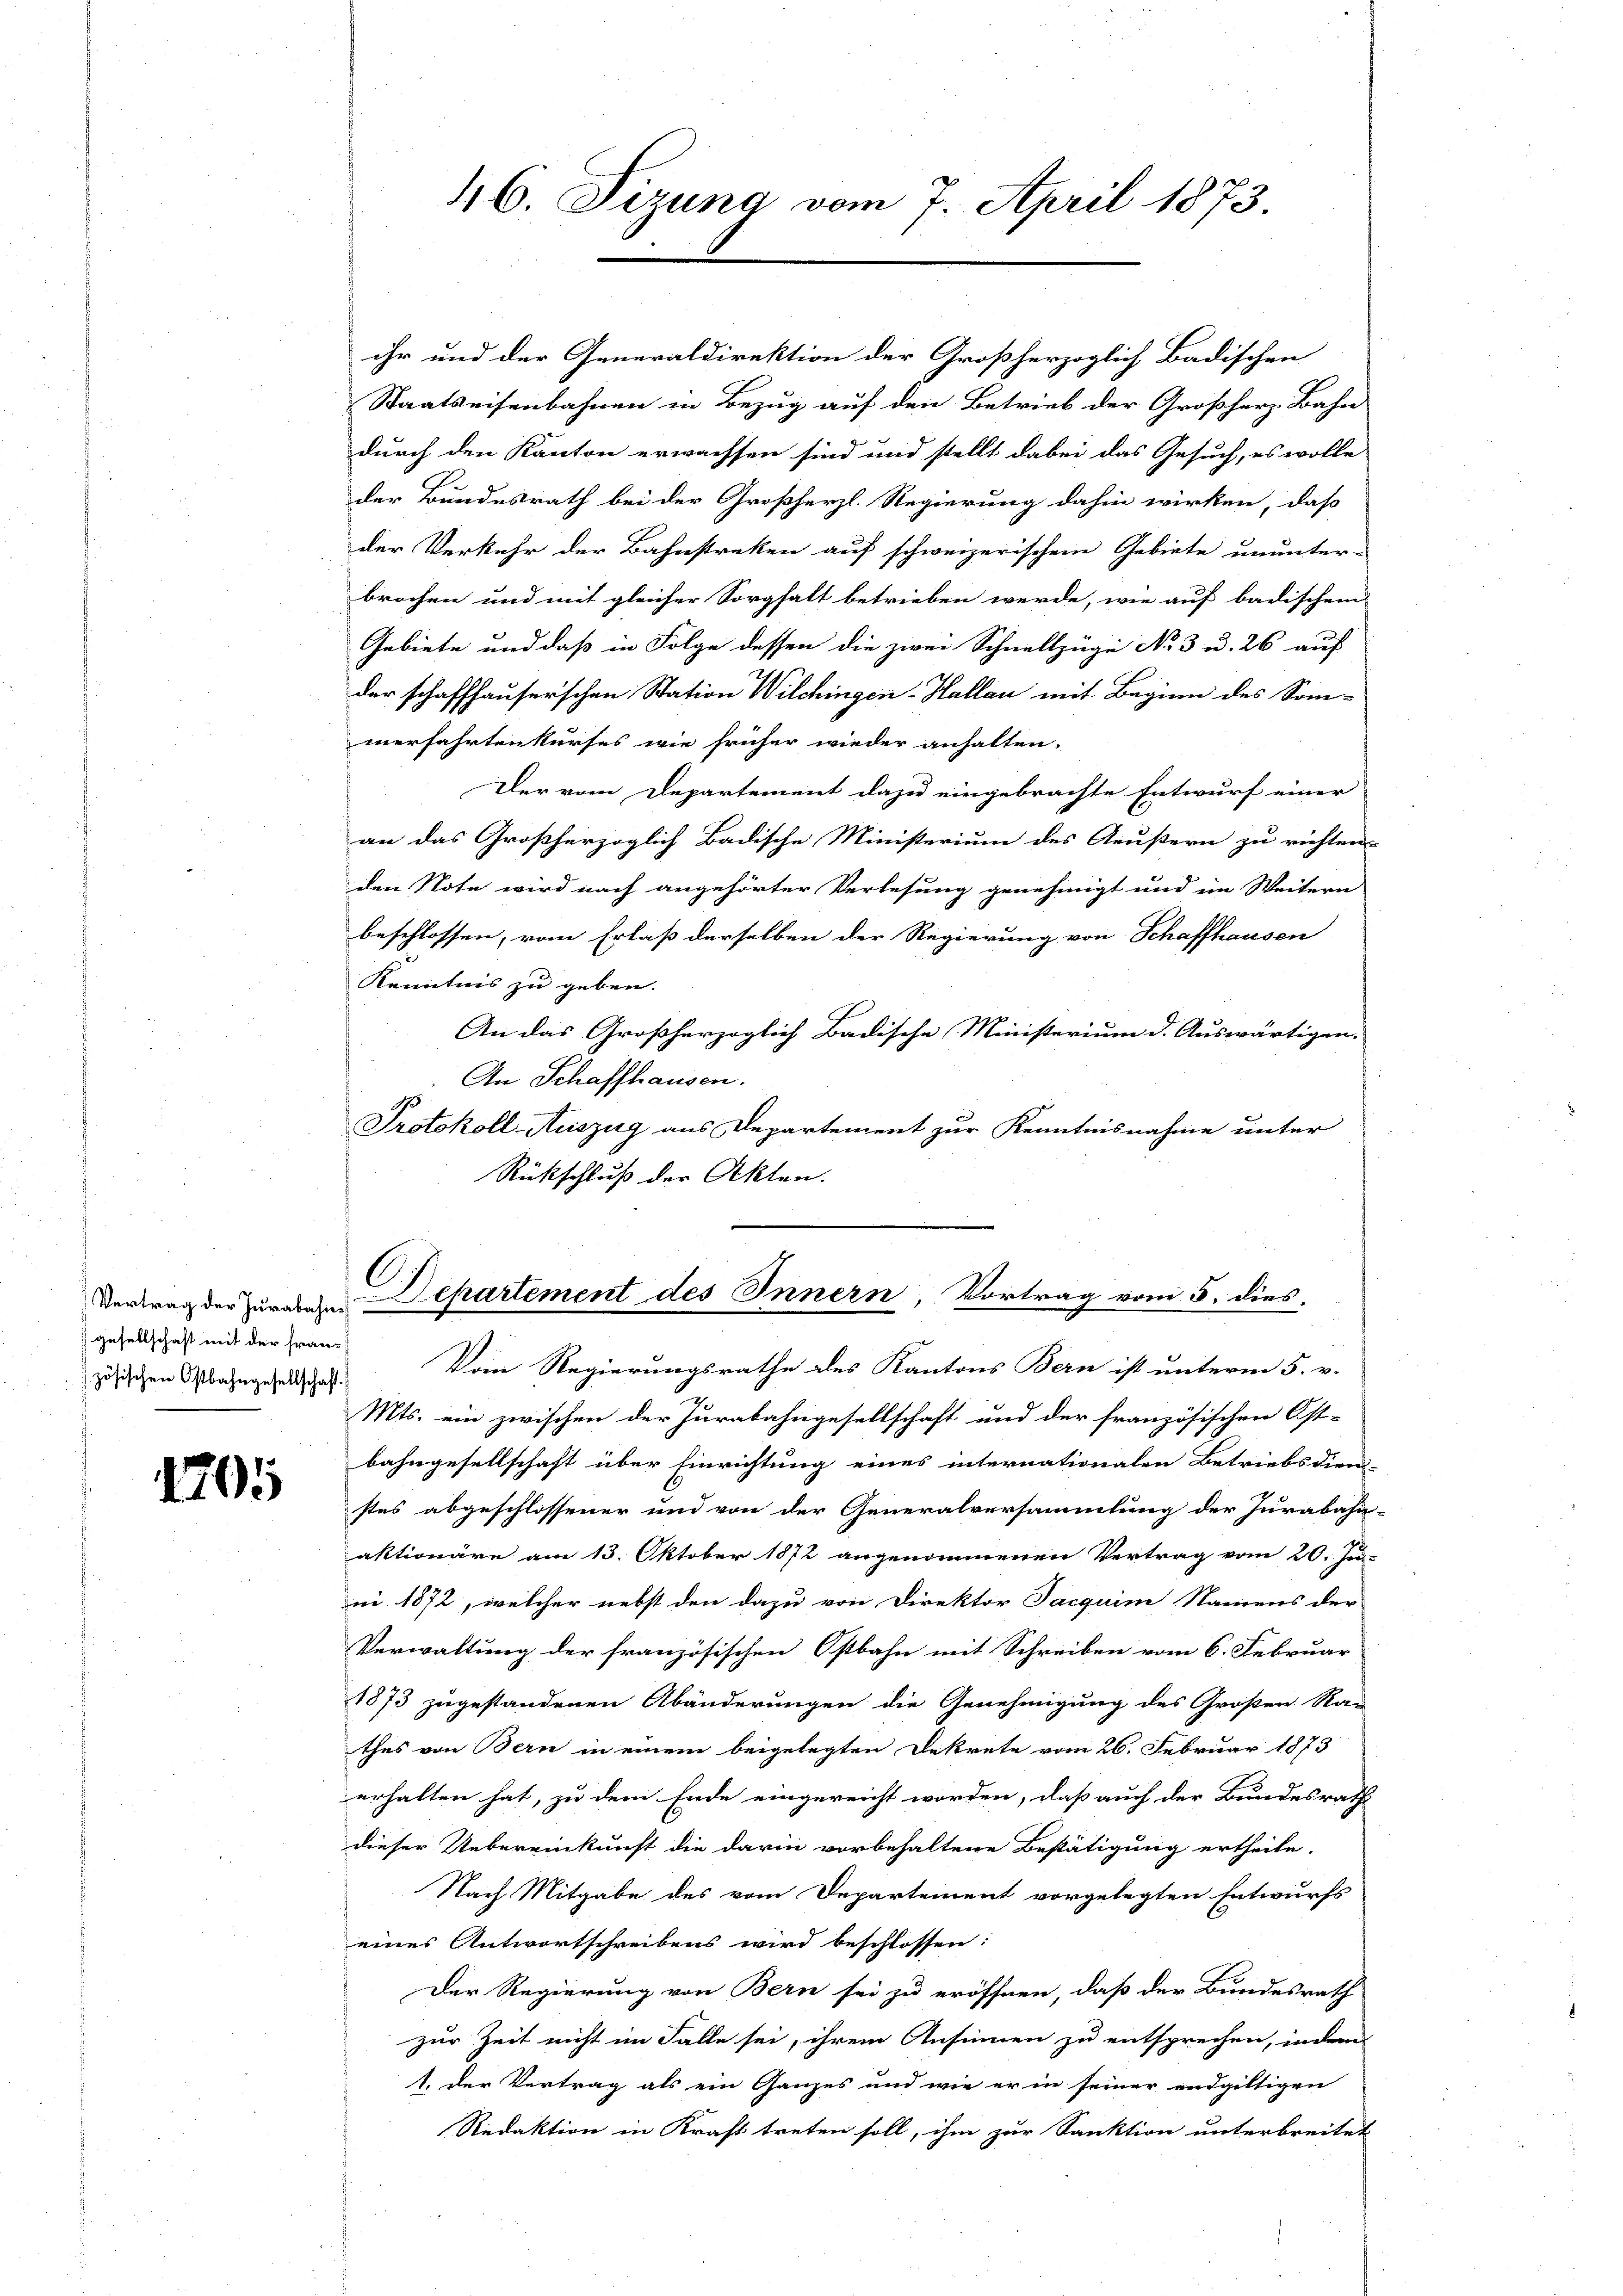
Vertrag der Jurabahie
gesellschaft mit der Franz
zösischen Ostbahngesellschaft.

1205

ihr und der Generaldirektion der Großherzoglich Badischen
Staatseisenbahnen in Bezug auf den Betrieb der Großherz- Bahn
durch den Kanton erwachsen sind und stellt dabei das Gesuch, es wolle
der Bundesrath bei der Großherzl. Regierung dahin wirken, daß
der Verkehr der Bahnstreken auf schweizerischen Gebiete ununter-
brochen und mit gleicher Sorgfalt betrieben werde, wie auf badischem
Gebiete und daß in Folge dessen die zwei Schnellzüge No 3 u. 26 auf
der schaffhauserschen Station Wilchingen-Hallau mit Beginn des Som-
ierfahrten kurses wie früher wieder anhalten.
Der vom Departement dazu eingebrachte Entwurf einer
an das Großherzoglich Badische Ministerium des Aeußern zu richten.
den Note wird nach angehörter Verlesung genehmigt und im Weitern
beschlossen, vom Erlaß derselben der Regierung von Schaffhausen
Kenntnis zu geben.
An das Großherzoglich Badische Ministerium d. Auswärtigen.
An Schaffhausen.
Protokoll Auszug aus Departement zur Kenntnisnahme unter
Rückschluß der Akten.

46. Sizung vom 7. April 1873.

Dehartement des Innern, Vortrag vom 5. dies

Vom Regierungsrathe des Kantons Bern ist unterm 5. v.
Mts. ein zwischen der Jurabahngesellschaft und der französischen Ost-
bahngesellschaft über Einrichtung eines internationalen Betriebsdien-
stes abgeschlossener und von der Generalversammlung der Jurabahn-
aktionäre am 13. Oktober 1872 angenommenen Vertrag vom 20. Ju
ni 1872, welcher nebst den dazu von Direktor Jacquim Namens der
Verwaltung der französischen Ostbahn mit Schreiben vom 6. Februar
1873 zugestandenen Abänderungen die Genehmigung des Großen Rau
thes von Bern in einem beigelegten Dekrete vom 26. Februar 1873
erhalten hat, zu dem Ende eingereicht worden, daß auch der Bundesrath
dieser Uebereinkunft die darin vorbehaltene Bestätigung ertheile.
Nach Mitgabe des vom Departement vorgelegten Entwurfs
eines Antwortschreibens wird beschlossen:
Der Regierung von Bern sei zu eröffnen, daß der Bundesrath
zur Zeit nicht im Falle sei, ihrem Ansinnen zu entsprechen, indem
1. der Vertrag als ein Ganzes und wie er in seiner endgültigen
Redaktion in Kraft treten soll, ihm zur Sanktion unterbreitet